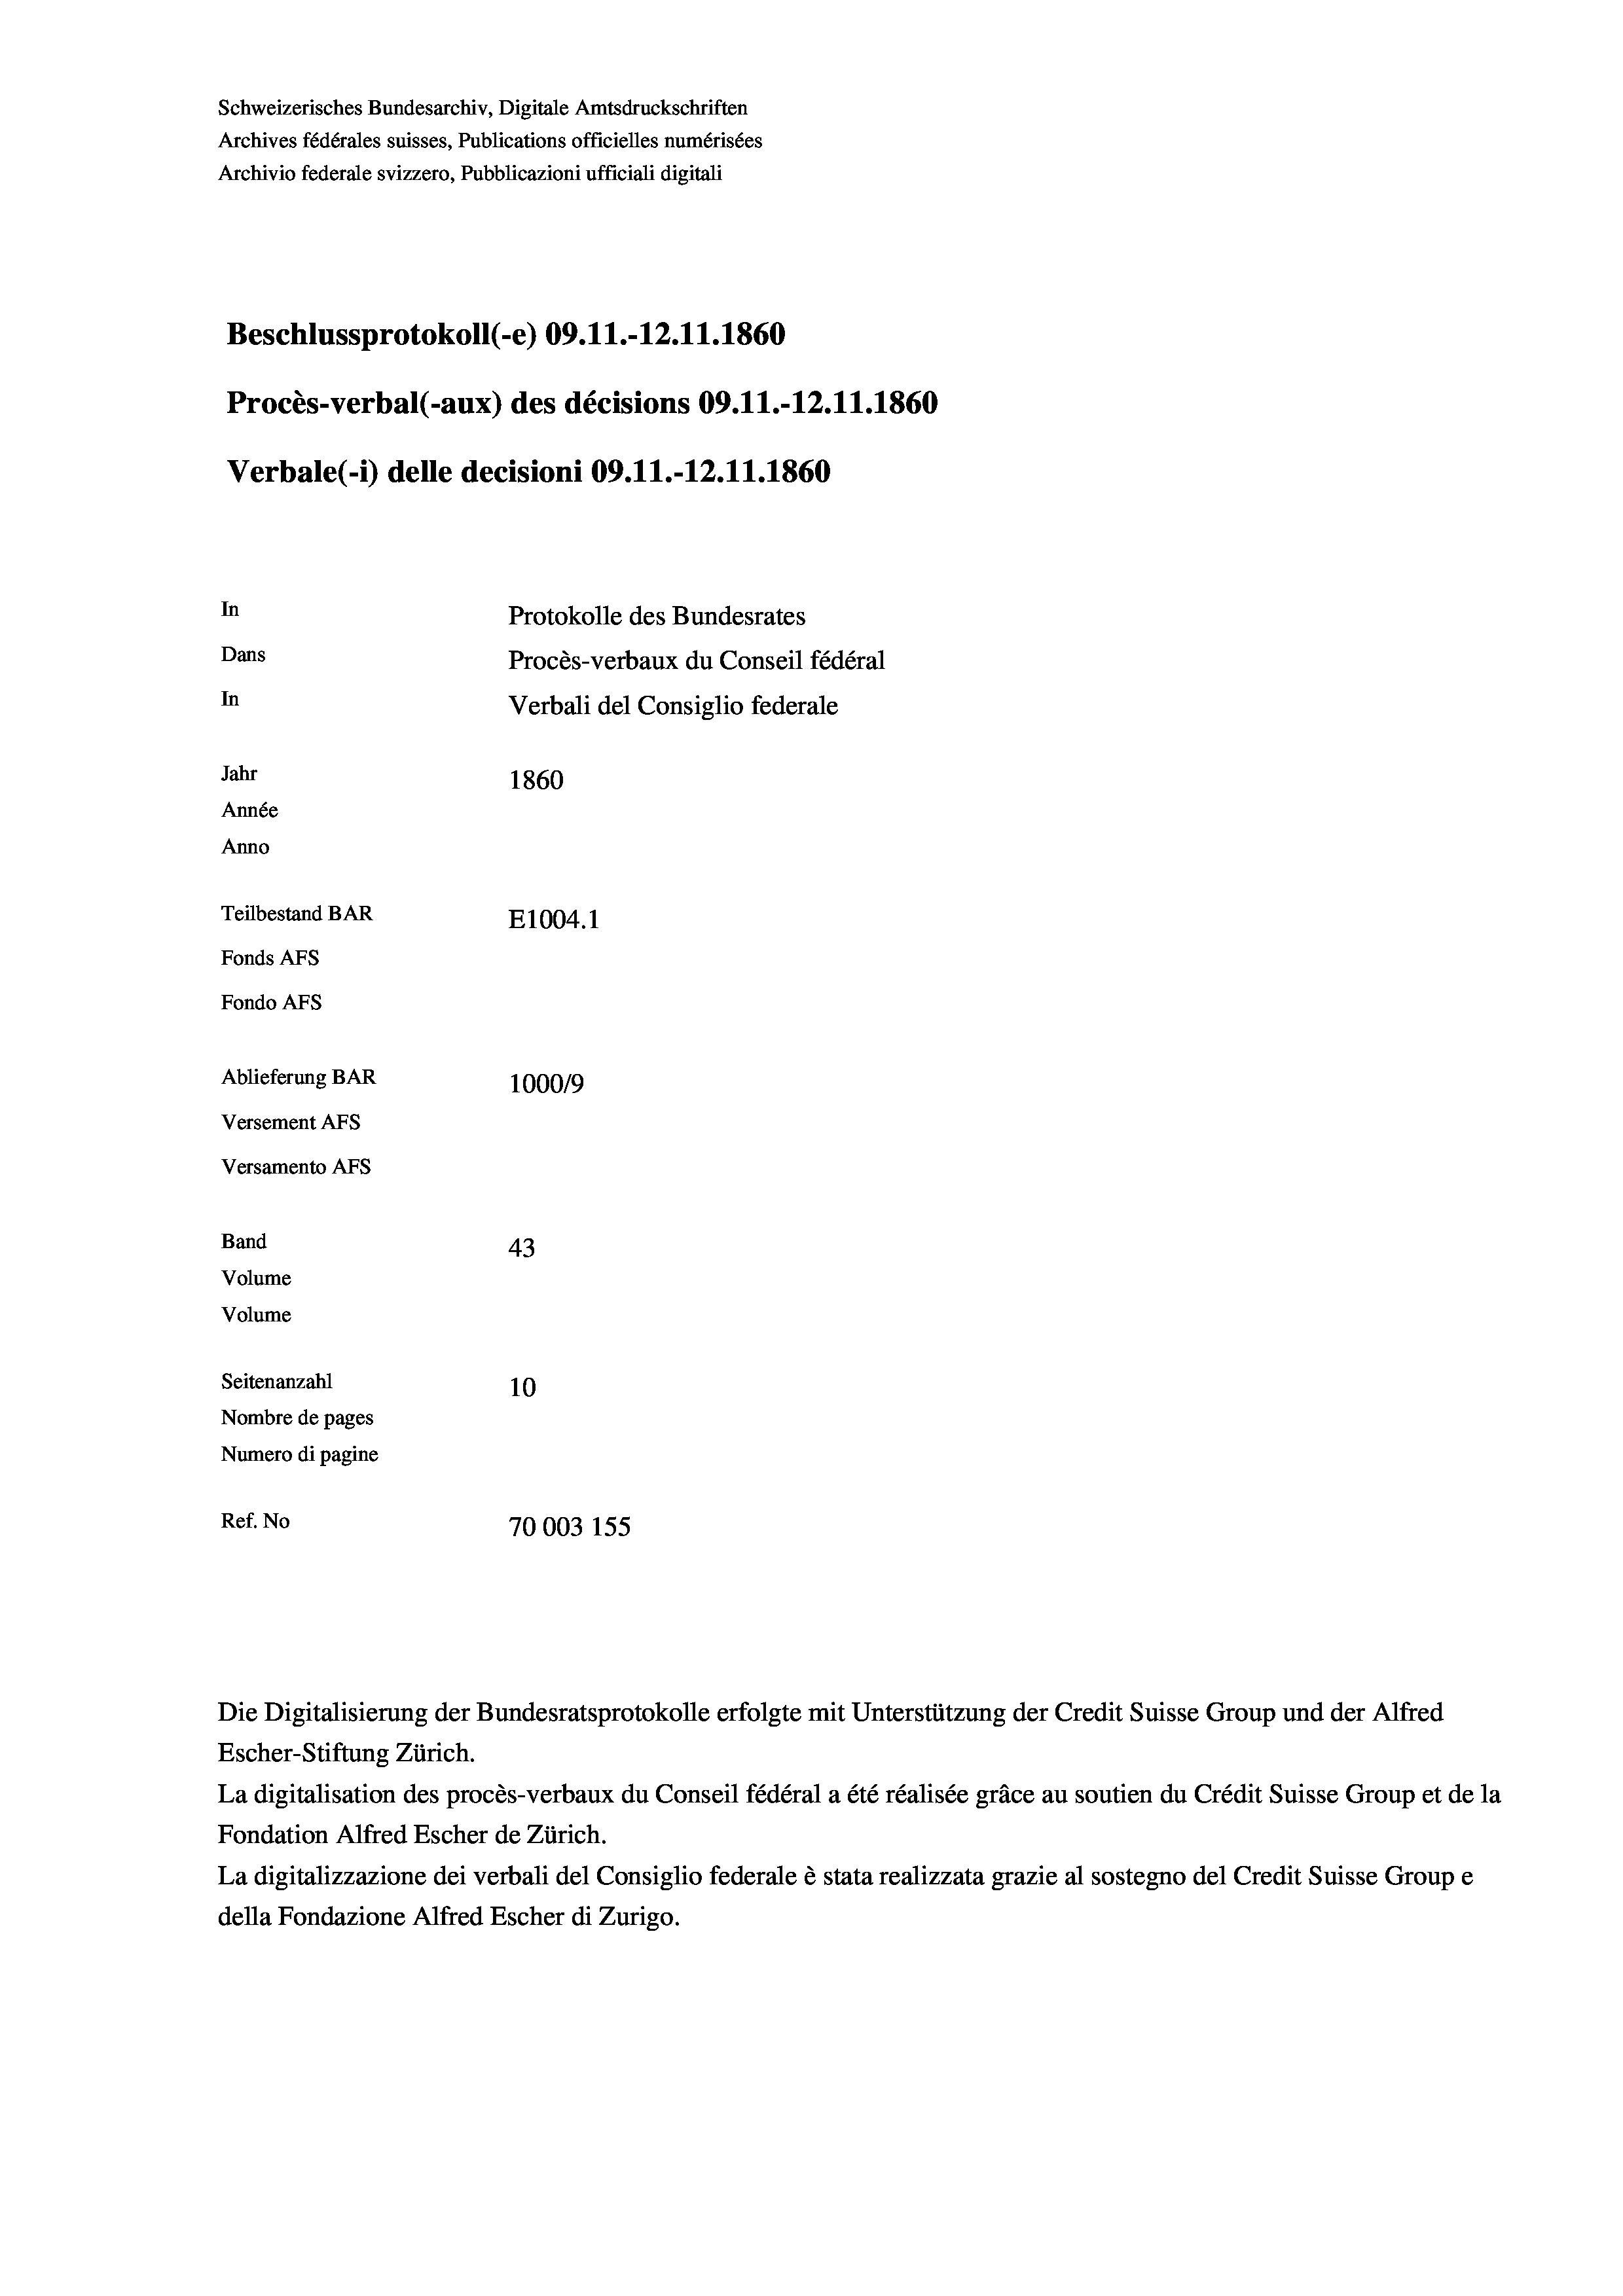
Schweizerisches Bundesarchiv, Digitale Amtsdruckschriften
Archives fédérales suisses, Publications officielles numérisées
Archivio federale svizzero, Pubblicazioni ufficiali digitali
Beschlussprotokoll (-e) 09.11.-12.11.1860
Procès-verbal (-aux) des décisions 09.11.-12.11.1860
Verbale (- 1) delle decisioni 09.11.-12.11.1860
In
Protokolle des Bundesrates
Dans
Procès-verbaux du Conseil fédéral
In
Verbali del Consiglio federale
Jahr
1860
Année
Anno
Teilbestand BAR
E1004.1
Fonds AFs
Fondo Afs
Ablieferung BAR
100019
Versement AFs
Versamento Afs
Band
43
Volume
Volume
Seitenanzahl
10

Nombre de pages
Numero di pagine
Ref. No
70003 155

Die Digitalisierung der Bundesratsprotokolle erfolgte mit Unterstützung der Credit Suisse Group und der Alfred
Escher-Stiftung Zürich.
La digitalisation des procès-verbaux du Conseil fédéral a été réalisée gräce au soutien du Crédit Suisse Group et de la
Fondation Alfred Escher de Zürich.
La digitalizzazione dei verbali del Consiglio federale è stata realizzata grazie al sostegno del Credit Suisse Groupe
della Fondazione Alfred Escher di Zurigo.